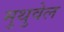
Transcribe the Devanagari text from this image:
मुथुवेल